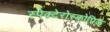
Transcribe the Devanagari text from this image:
स्पेक्टेरोस्कोपिक